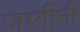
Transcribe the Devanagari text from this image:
जग्गींनी